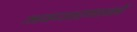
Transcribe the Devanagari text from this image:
अवधारणाकों